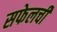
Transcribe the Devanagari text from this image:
सफेलची